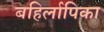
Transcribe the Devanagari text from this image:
बहिर्लापिका